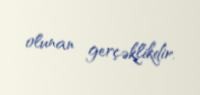
olunan gerçəklikdir.